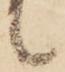
候